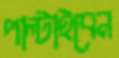
পাল্‌টাইবেন